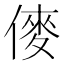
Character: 𠍅